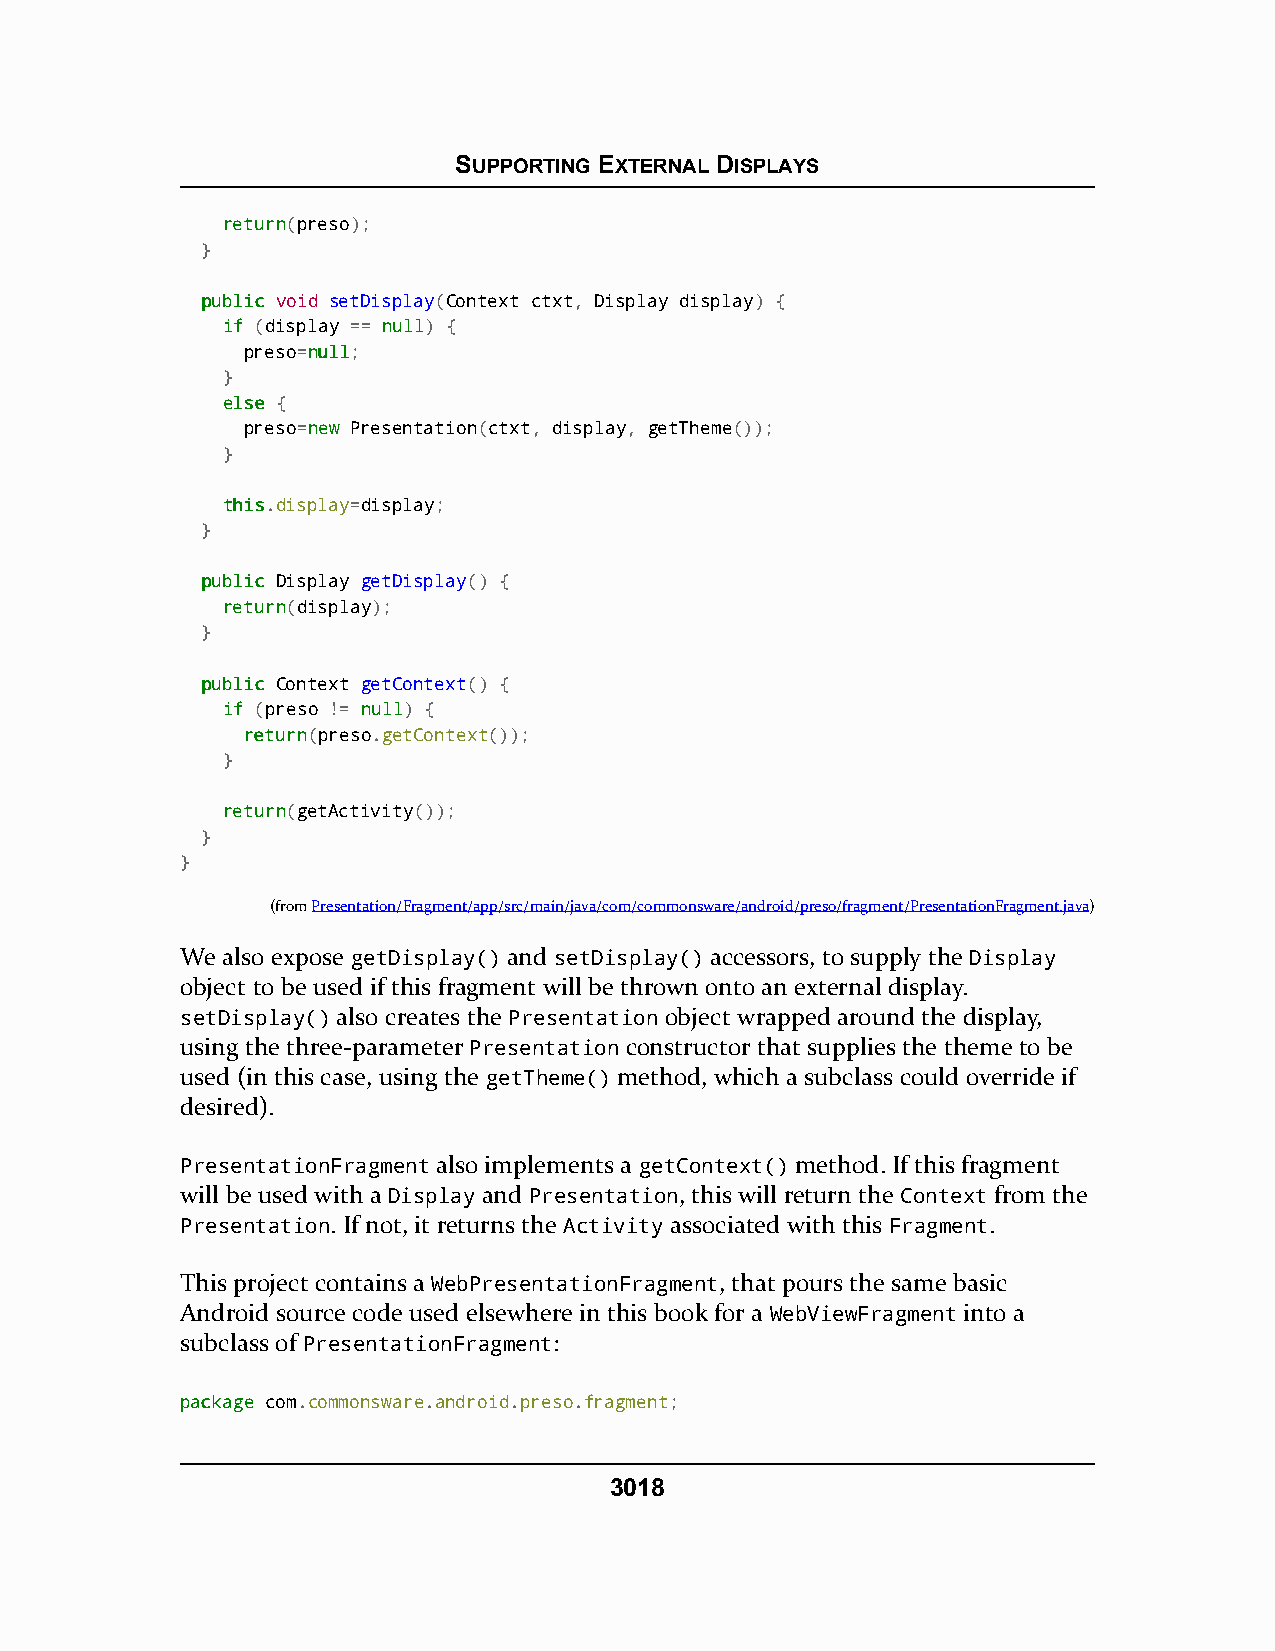
SUPPORTING EXTERNAL DISPLAYS
 rreettuurrnn(preso);
 }
 ppuubblliicc void setDisplay(Context ctxt, Display display) {
 iiff (display == nnuullll) {
 preso=nnuullll;
 }
 eellssee {
 preso=nneeww Presentation(ctxt, display, getTheme());
 }
 tthhiiss.display=display;
 }
 ppuubblliicc Display getDisplay() {
 rreettuurrnn(display);
 }
 ppuubblliicc Context getContext() {
 iiff (preso != nnuullll) {
 rreettuurrnn(preso.getContext());
 }
 rreettuurrnn(getActivity());
 }
 }
 (fromPresentation/Fragment/app/src/main/java/com/commonsware/android/preso/fragment/PresentationFragment.java)
 We also expose getDisplay() and setDisplay() accessors, to supply the Display
 object to be used if this fragment will be thrown onto an external display.
 setDisplay() also creates the Presentation object wrapped around the display,
 using the three-parameter Presentation constructor that supplies the theme to be
 used (in this case, using the getTheme() method, which a subclass could override if
 desired).
 PresentationFragment also implements a getContext() method. If this fragment
 will be used with a Display and Presentation, this will return the Context from the
 Presentation. If not, it returns the Activity associated with this Fragment.
 This project contains a WebPresentationFragment, that pours the same basic
 Android source code used elsewhere in this book for a WebViewFragment into a
 subclass of PresentationFragment:
 ppaacckkaaggee com.commonsware.android.preso.fragment;
 3018